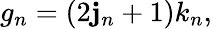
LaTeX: g_{n}=(2\mathbf{j}_{n}+1)k_{n},